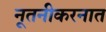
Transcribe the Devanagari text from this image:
नूतनीकरनात